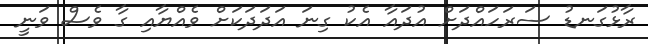
ރާޅުގަނޑު ސަރަހައްދަށް އުދައާ އެކު ގިނަ އަދަދަކަށް ވެއްޔާއި ގާ ވެސް ވަނީ